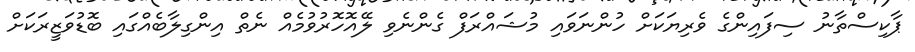
ޕާކިސްތާނު ސިފައިންގެ ވެރިޔަކަށް ހުންނަވައި މުޝައްރަފް ގެންނެވި ލޭއޮހޮރުވުމެއް ނެތް އިންގިލާބެއްގައި ބޮޑުވަޒީރަކަށް